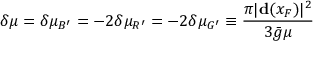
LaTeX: \delta \mu = \delta \mu _ { B ^ { \prime } } = - 2 \delta \mu _ { R ^ { \prime } } = - 2 \delta \mu _ { G ^ { \prime } } \equiv \frac { \pi | { \bf d } ( x _ { F } ) | ^ { 2 } } { 3 { \bar { g } } \mu }